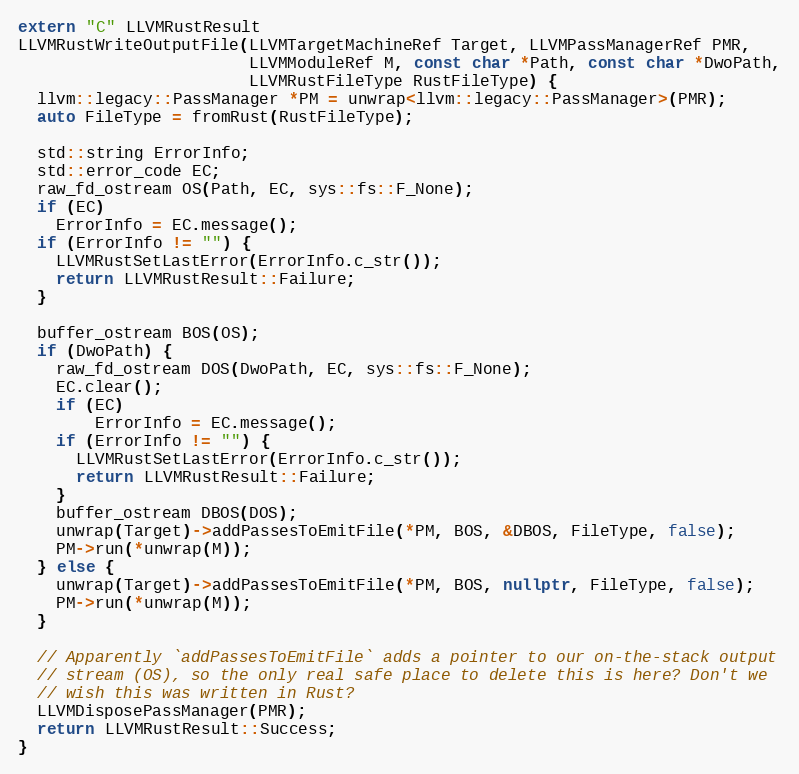
Language: C++
extern "C" LLVMRustResult
LLVMRustWriteOutputFile(LLVMTargetMachineRef Target, LLVMPassManagerRef PMR,
                        LLVMModuleRef M, const char *Path, const char *DwoPath,
                        LLVMRustFileType RustFileType) {
  llvm::legacy::PassManager *PM = unwrap<llvm::legacy::PassManager>(PMR);
  auto FileType = fromRust(RustFileType);

  std::string ErrorInfo;
  std::error_code EC;
  raw_fd_ostream OS(Path, EC, sys::fs::F_None);
  if (EC)
    ErrorInfo = EC.message();
  if (ErrorInfo != "") {
    LLVMRustSetLastError(ErrorInfo.c_str());
    return LLVMRustResult::Failure;
  }

  buffer_ostream BOS(OS);
  if (DwoPath) {
    raw_fd_ostream DOS(DwoPath, EC, sys::fs::F_None);
    EC.clear();
    if (EC)
        ErrorInfo = EC.message();
    if (ErrorInfo != "") {
      LLVMRustSetLastError(ErrorInfo.c_str());
      return LLVMRustResult::Failure;
    }
    buffer_ostream DBOS(DOS);
    unwrap(Target)->addPassesToEmitFile(*PM, BOS, &DBOS, FileType, false);
    PM->run(*unwrap(M));
  } else {
    unwrap(Target)->addPassesToEmitFile(*PM, BOS, nullptr, FileType, false);
    PM->run(*unwrap(M));
  }

  // Apparently `addPassesToEmitFile` adds a pointer to our on-the-stack output
  // stream (OS), so the only real safe place to delete this is here? Don't we
  // wish this was written in Rust?
  LLVMDisposePassManager(PMR);
  return LLVMRustResult::Success;
}